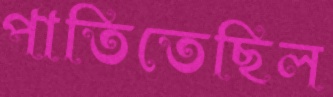
পাতিতেছিল